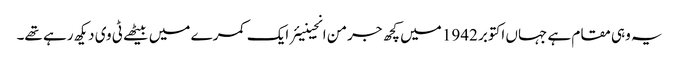
یہ وہی مقام ہے جہاں اکتوبر 1942 میں کچھ جرمن انجینیئر ایک کمرے میں بیٹھے ٹی وی دیکھ رہے تھے۔